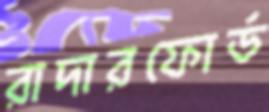
রাদারফোর্ড